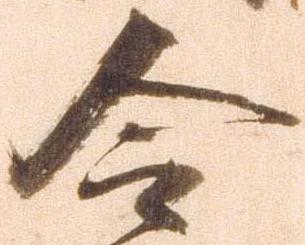
令